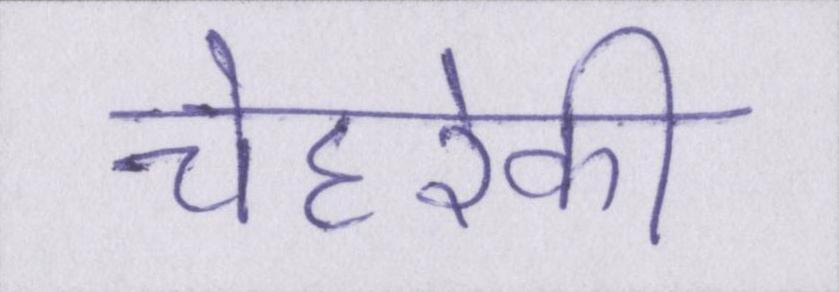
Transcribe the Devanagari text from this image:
चेहरेकी